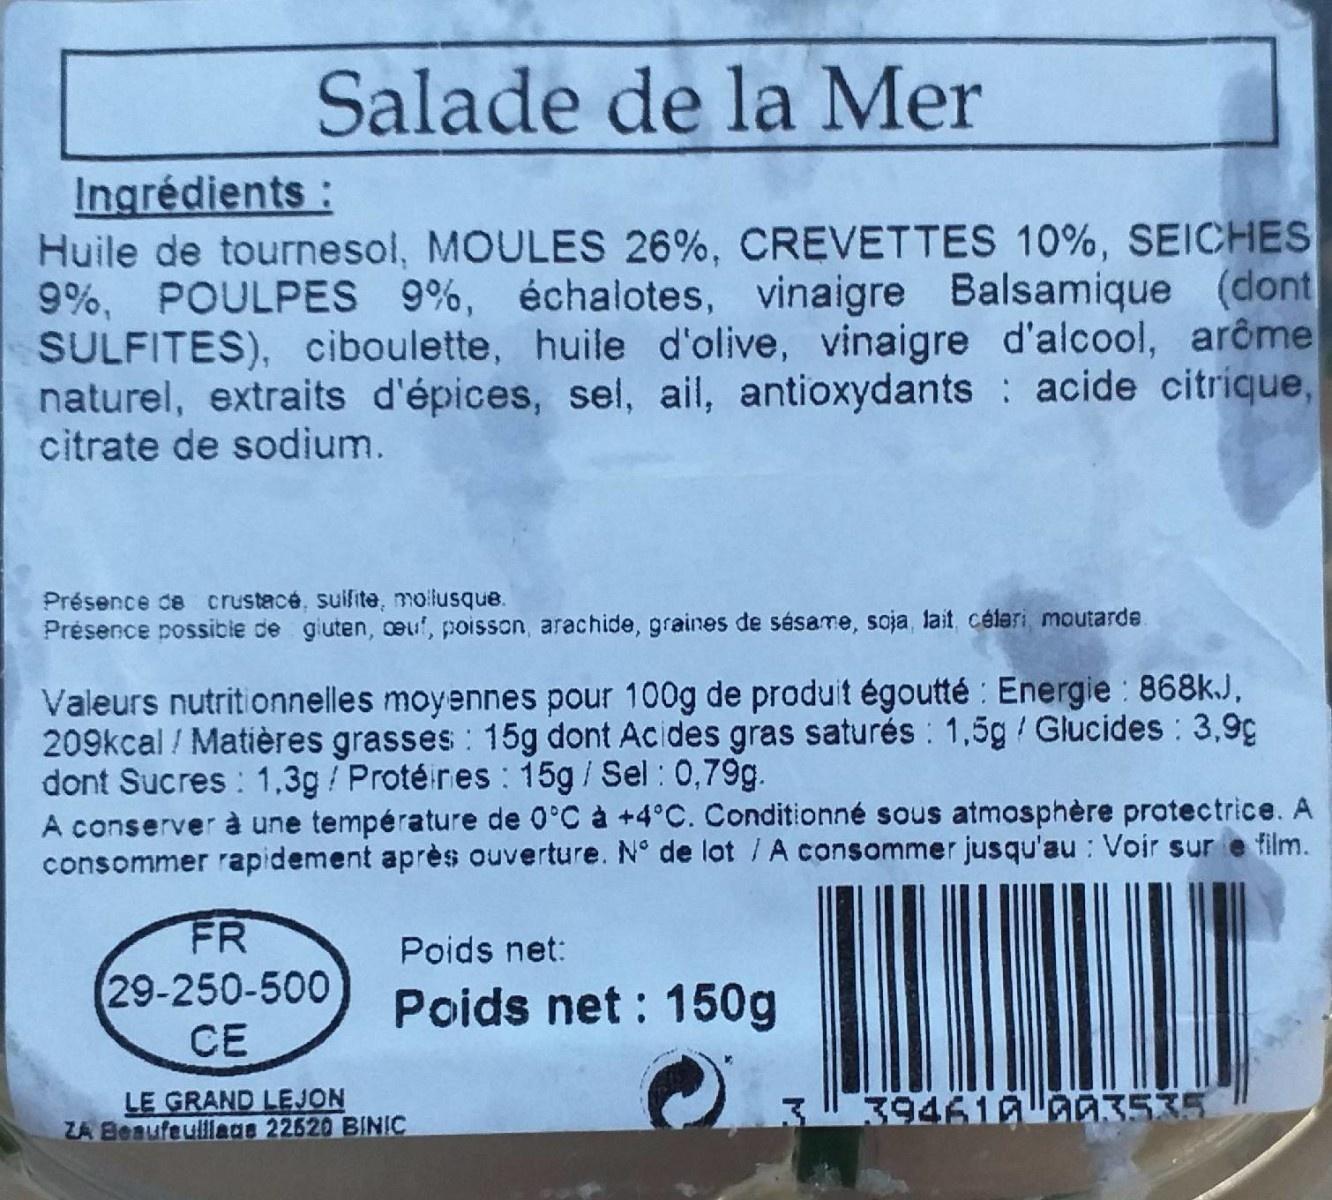
Salade de la Mer
Ingrédients : Huile de tournesol, MOULES 26%, CREVETTES 10%, SEICHES 9%, POULPES 9%, échalotes, vinaigre Balsamique (dont SULFITES), ciboulette, huile d'olive, vinaigre d'alcool, arôme naturel, extraits d'épices, sel, ail, antioxydants acide citrique, citrate de sodium.
Présence de crustecé, suifite, mollusque.
Présence possibie de giuten, euf, poisson, arachide, graines de sésame, soja, lait, céleri, moutarde
Valeurs nutritionnelles moyennes pour 100g de produit égoutté : Energie : 868k.J, 209kcal / Matières grasses 15g dont Acides gras saturės : 1,5g / Glucides : 3,9g dont Sucres : 1,3g/ Protéires : 15g / Sel : 0,79g. A conserver à une température de 0°C à +4°C. Conditionné sous atmosphère protectrice. A consommer rapidement après ouverture. N° de lot /A consommer jusqu'au : Voir sur e film.
FR 29-250-500 CE
Poids net:
Poids net : 150g
LE GRAND LEJON ZA Beaufeulllags 22520 BINIC
3394610laa3535